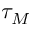
\tau _ { M }